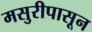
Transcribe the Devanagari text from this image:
मसुरीपासून